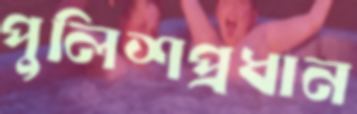
পুলিশপ্রধান